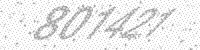
Solution: 801421